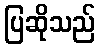
ပြဆိုသည်